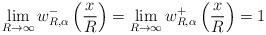
LaTeX: \begin{align*} \lim_{R \to \infty} w_{R,\alpha}^-\left(\frac{x}{R}\right) = \lim_{R \to \infty} w_{R,\alpha}^+\left(\frac{x}{R}\right) = 1 \end{align*}